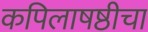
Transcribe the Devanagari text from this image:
कपिलाषष्ठीचा